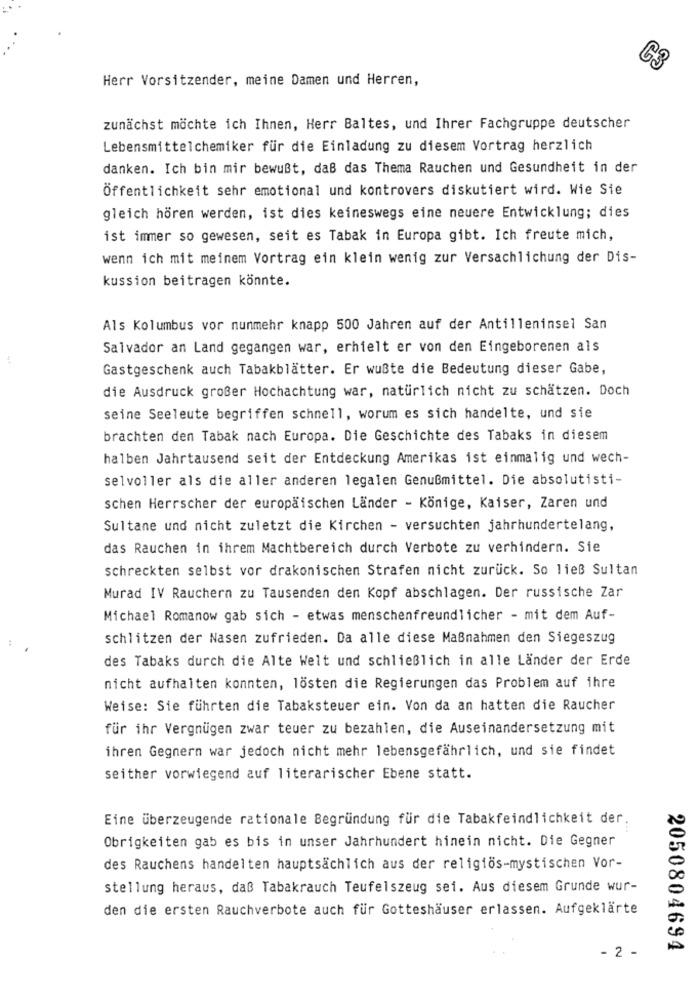
C3
Herr Vorsitzender, meine Damen und Herren,
zunächst möchte ich Ihnen, Herr Baltes, und Ihrer Fachgruppe deutscher
Lebensmittelchemiker für die Einladung zu diesem Vortrag herzlich
danken. Ich bin mir bewußt, daß das Thema Rauchen und Gesundheit in der
Öffentlichkeit sehr emotional und kontrovers diskutiert wird. Wie Sie
gleich hören werden, ist dies keineswegs eine neuere Entwicklung; dies
ist immer so gewesen, seit es Tabak in Europa gibt. Ich freute mich,
wenn ich mit meinem Vortrag ein klein wenig zur Versachlichung der Dis-
kussion beitragen könnte.
Als Kolumbus vor nunmehr knapp 500 Jahren auf der Antilleninsel San
Salvador an Land gegangen war, erhielt er von den Eingeborenen als
Gastgeschenk auch Tabakblätter. Er wußte die Bedeutung dieser Gabe,
die Ausdruck großer Hochachtung war, natürlich nicht zu schätzen. Doch
seine Seeleute begriffen schnell, worum es sich handelte, und sie
brachten den Tabak nach Europa. Die Geschichte des Tabaks in diesem
halben Jahrtausend seit der Entdeckung Amerikas ist einmalig und wech-
selvoller als die aller anderen legalen Genußmittel. Die absolutisti-
schen Herrscher der europäischen Länder - Könige, Kaiser, Zaren und
Sultane und nicht zuletzt die Kirchen - versuchten jahrhundertelang,
das Rauchen in ihrem Machtbereich durch Verbote zu verhindern. Sie
schreckten selbst vor drakonischen Strafen nicht zurück. So ließ Sultan
Murad IV Rauchern zu Tausenden den Kopf abschlagen. Der russische Zar
Michael Romanow gab sich - etwas menschenfreundlicher - mit dem Auf-
schlitzen der Nasen zufrieden. Da alle diese Maßnahmen den Siegeszug
des Tabaks durch die Alte Welt und schließlich in alle Länder der Erde
nicht aufhalten konnten, lösten die Regierungen das Problem auf ihre
Weise: Sie führten die Tabaksteuer ein. Von da an hatten die Raucher
für ihr Vergnügen zwar teuer zu bezahlen, die Auseinandersetzung mit
ihren Gegnern war jedoch nicht mehr lebensgefährlich, und sie findet
seither vorwiegend auf literarischer Ebene statt.
Eine überzeugende rationale Begründung für die Tabakfeindlichkeit der.
Obrigkeiten gab es bis in unser Jahrhundert hinein nicht. Die Gegner
des Rauchens handelten hauptsächlich aus der religiös-mystischen Vor-
stellung heraus, daß Tabakrauch Teufelszeug sei. Aus diesem Grunde wur-
den die ersten Rauchverbote auch für Gotteshäuser erlassen. Aufgeklärte
- 2 -
2050804694